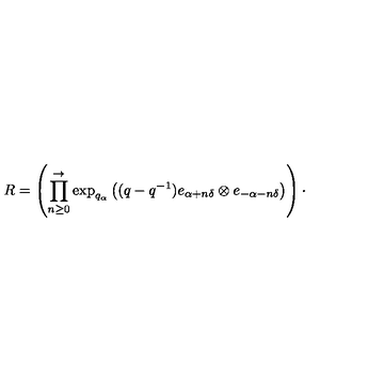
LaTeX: R = \left( \prod _ { n \geq 0 } ^ { \rightarrow } \exp _ { q _ { \alpha } } \left( ( q - q ^ { - 1 } ) e _ { \alpha + n \delta } \otimes e _ { - \alpha - n \delta } \right) \right) \cdot